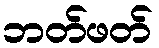
ဘတ်ဖတ်